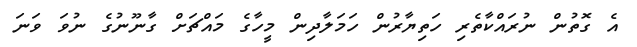
އެ ގޮތުން ނުރައްކާތެރި ހަތިޔާރުން ހަމަލާދިން މީހާގެ މައްޗަށް ގާނޫނުގެ ނުވަ ވަނަ